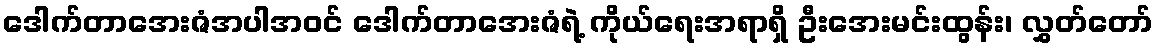
ဒေါက်တာအေးဇံအပါအဝင် ဒေါက်တာအေးဇံရဲ့ ကိုယ်ရေးအရာရှိ ဦးအေးမင်းထွန်း၊ လွှတ်တော်